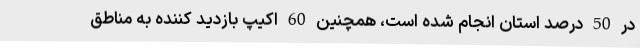
در 50 درصد استان انجام شده است، همچنین 60 اکیپ بازدید کننده به مناطق